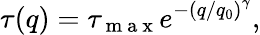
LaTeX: \tau(q)=\tau_{\mathrm{~m~a~x~}}e^{-\left(q/q_{0}\right)^{\gamma}},